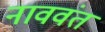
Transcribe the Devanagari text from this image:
नाववंत